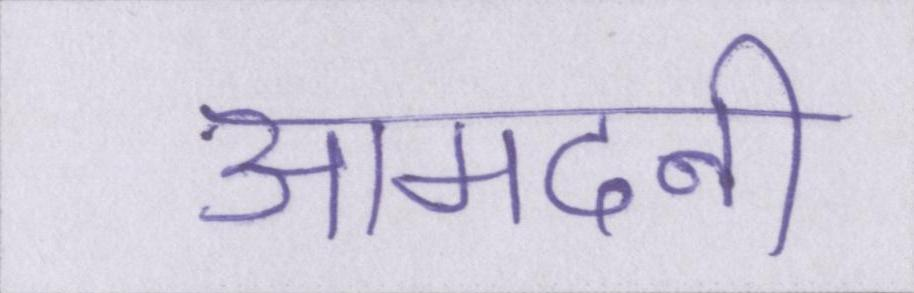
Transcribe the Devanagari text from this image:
आमदनी